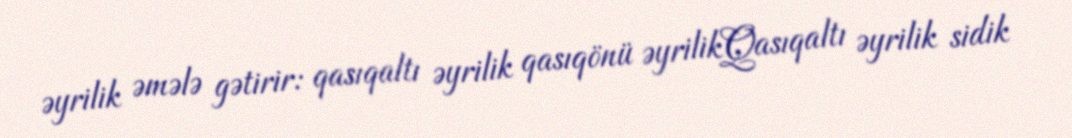
əyrilik əmələ gətirir: qasıqaltı əyrilik qasıqönü əyrilikQasıqaltı əyrilik sidik